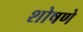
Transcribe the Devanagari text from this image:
शोषणे